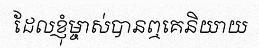
ដែលខ្ញុំម្ចាស់បានឮគេនិយាយ